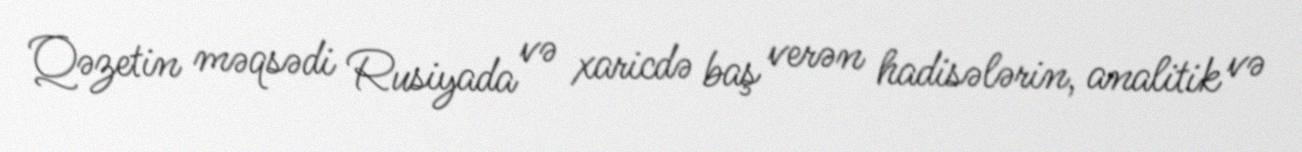
Qəzetin məqsədi Rusiyada və xaricdə baş verən hadisələrin, analitik və